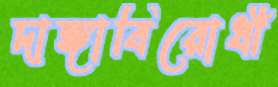
দাঙ্গাবিরোধী